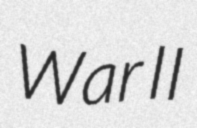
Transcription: War II